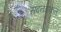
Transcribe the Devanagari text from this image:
सदनदाकल